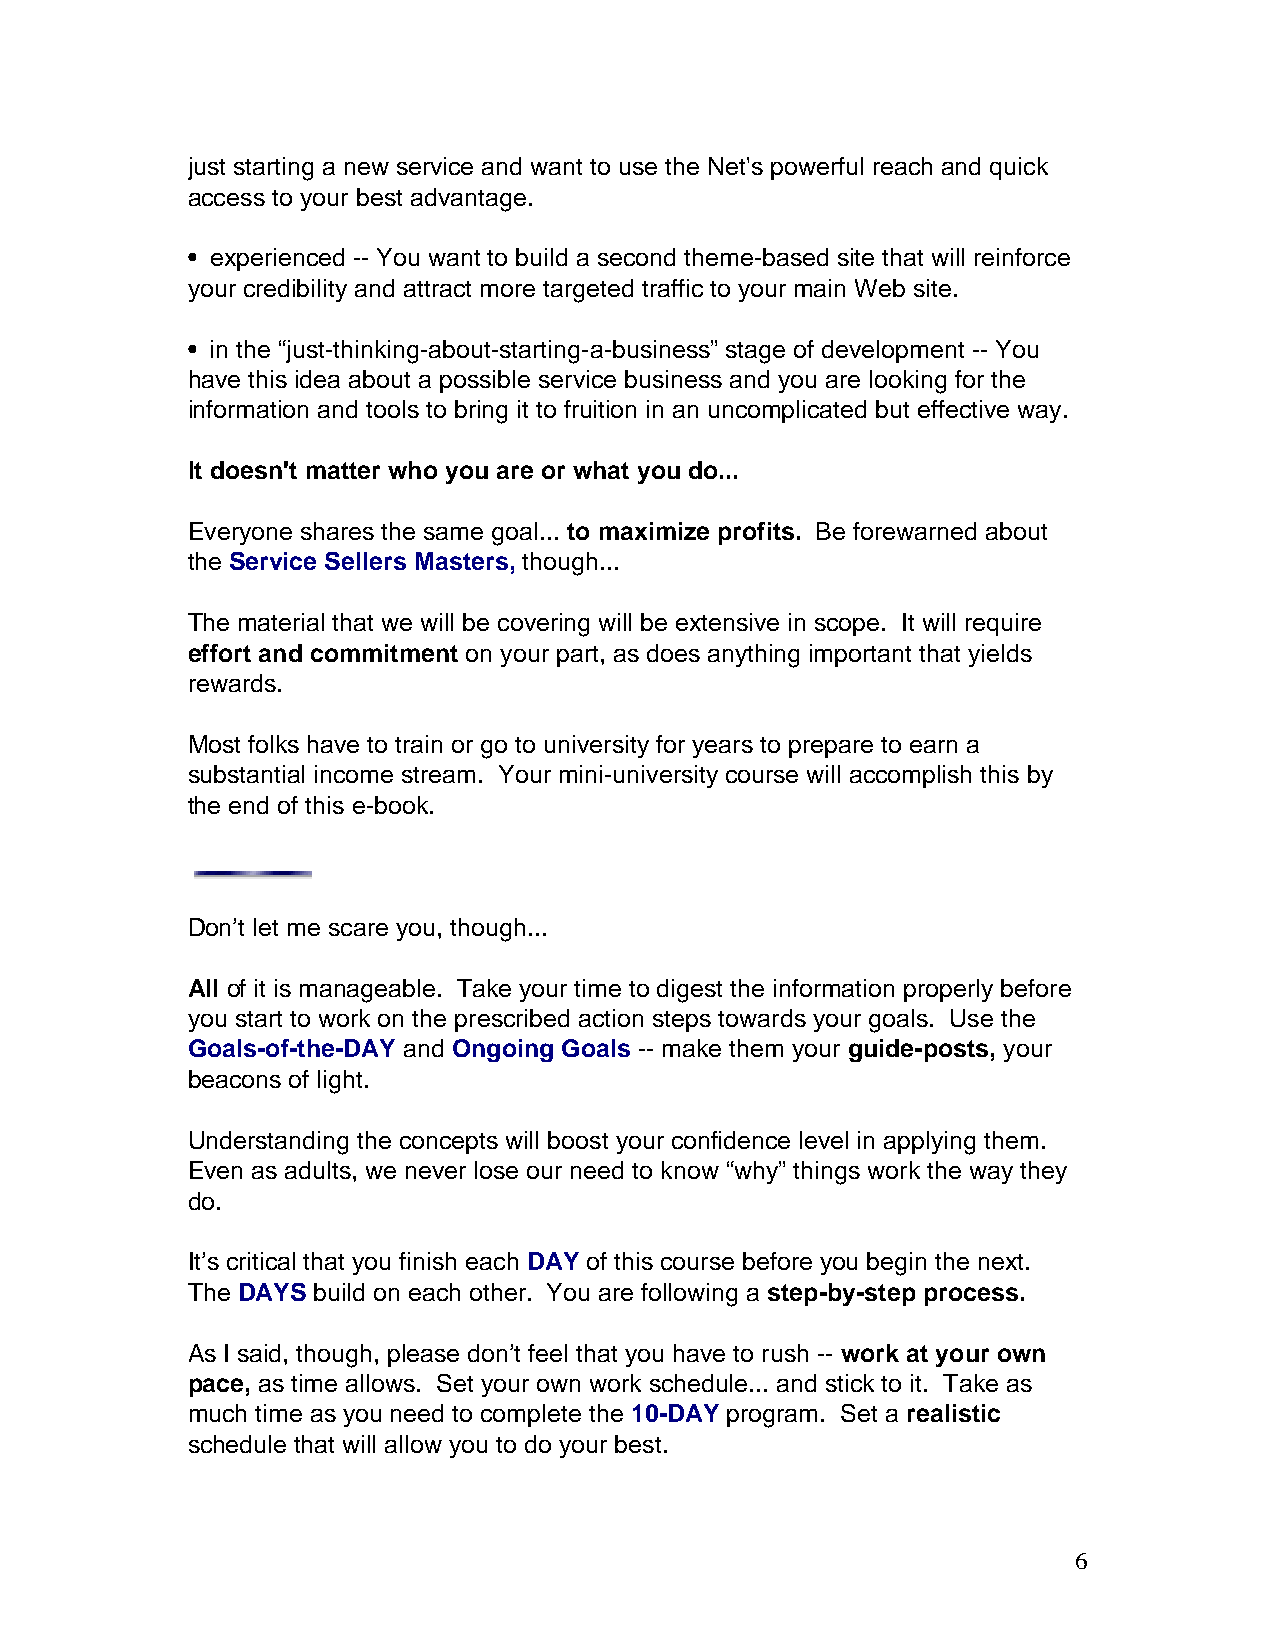
just starting a new service and want to use the Net's powerful reach and quick
 access to your best advantage.
 • experienced -- You want to build a second theme-based site that will reinforce
 your credibility and attract more targeted traffic to your main Web site.
 • in the “just-thinking-about-starting-a-business” stage of development -- You
 have this idea about a possible service business and you are looking for the
 information and tools to bring it to fruition in an uncomplicated but effective way.
 It doesn't matter who you are or what you do...
 Everyone shares the same goal... to maximize profits. Be forewarned about
 the Service Sellers Masters, though...
 The material that we will be covering will be extensive in scope. It will require
 effort and commitment on your part, as does anything important that yields
 rewards.
 Most folks have to train or go to university for years to prepare to earn a
 substantial income stream. Your mini-university course will accomplish this by
 the end of this e-book.
 Don’t let me scare you, though...
 All of it is manageable. Take your time to digest the information properly before
 you start to work on the prescribed action steps towards your goals. Use the
 Goals-of-the-DAY and Ongoing Goals -- make them your guide-posts, your
 beacons of light.
 Understanding the concepts will boost your confidence level in applying them.
 Even as adults, we never lose our need to know “why” things work the way they
 do.
 It’s critical that you finish each DAY of this course before you begin the next.
 The DAYS build on each other. You are following a step-by-step process.
 As I said, though, please don’t feel that you have to rush -- work at your own
 pace, as time allows. Set your own work schedule... and stick to it. Take as
 much time as you need to complete the 10-DAY program. Set a realistic
 schedule that will allow you to do your best.
 6